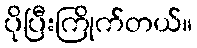
ပိုပြီးကြိုက်တယ်။